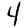
Digit: 4